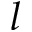
l